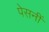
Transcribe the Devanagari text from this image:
पेसनीं